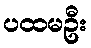
ပထမဦး